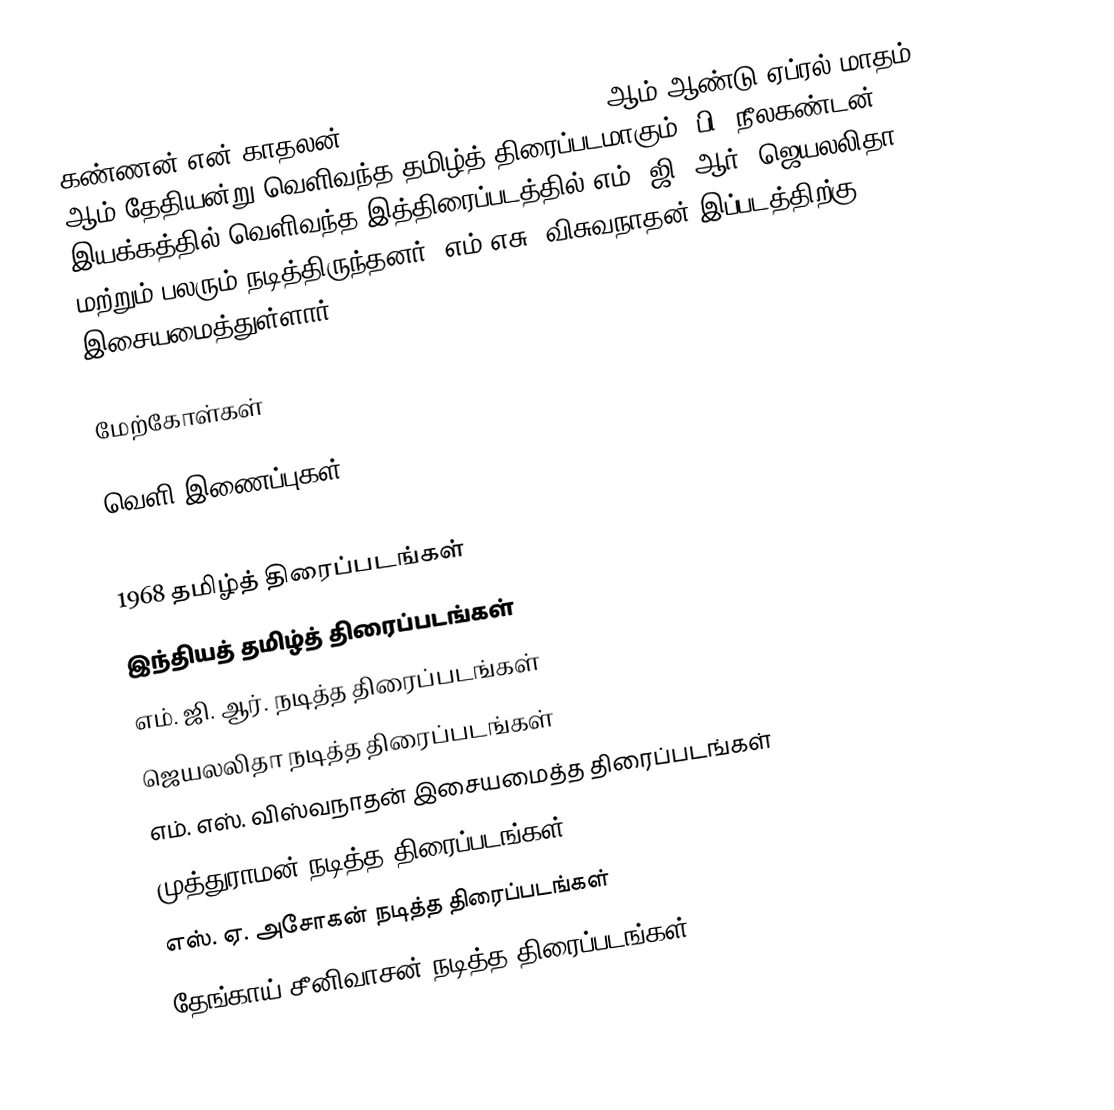
கண்ணன் என் காதலன் (Kannan En Kadhalan) 1968 ஆம் ஆண்டு ஏப்ரல் மாதம் 25 ஆம் தேதியன்று வெளிவந்த தமிழ்த் திரைப்படமாகும். பி. நீலகண்டன் இயக்கத்தில் வெளிவந்த இத்திரைப்படத்தில் எம். ஜி. ஆர், ஜெயலலிதா மற்றும் பலரும் நடித்திருந்தனர். எம்.எசு. விசுவநாதன் இப்படத்திற்கு இசையமைத்துள்ளார்.

மேற்கோள்கள்

வெளி இணைப்புகள்

1968 தமிழ்த் திரைப்படங்கள்
இந்தியத் தமிழ்த் திரைப்படங்கள்
எம். ஜி. ஆர். நடித்த திரைப்படங்கள்
ஜெயலலிதா நடித்த திரைப்படங்கள்
எம். எஸ். விஸ்வநாதன் இசையமைத்த திரைப்படங்கள்
முத்துராமன் நடித்த திரைப்படங்கள்
எஸ். ஏ. அசோகன் நடித்த திரைப்படங்கள்
தேங்காய் சீனிவாசன் நடித்த திரைப்படங்கள்